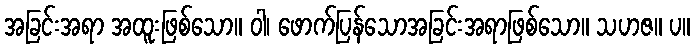
အခြင်းအရာ အထူးဖြစ်သော။ ဝါ၊ ဖောက်ပြန်သောအခြင်းအရာဖြစ်သော။ သဟဇ။ ပ။